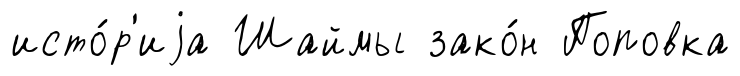
исто́р'иjа Шаймы зако́н Поповка